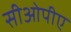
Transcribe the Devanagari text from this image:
सीओपीए